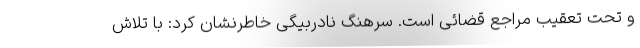
و تحت تعقیب مراجع قضائی است. سرهنگ نادربیگی خاطرنشان کرد: با تلاش